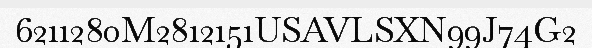
6211280M2812151USAVLSXN99J74G2